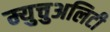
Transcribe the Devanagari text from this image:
म्युचुअलिटी